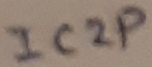
Text: IC2P